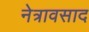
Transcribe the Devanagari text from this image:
नेत्रावसाद